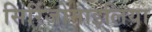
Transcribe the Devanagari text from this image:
सिरिंजोमाइलिया